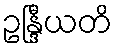
ဥန္ဒြီယတိ